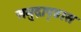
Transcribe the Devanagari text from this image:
समुद्रापृष्ठास